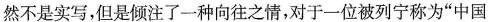
然不是实写，但是倾注了一种向往之情，对于一位被列宁称为“中国